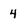
Character: 4